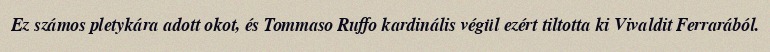
Ez számos pletykára adott okot, és Tommaso Ruffo kardinális végül ezért tiltotta ki Vivaldit Ferrarából.